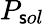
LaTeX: P_{\mathsf{s}ol}